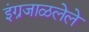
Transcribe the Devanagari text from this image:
इंग्रजाळलेले